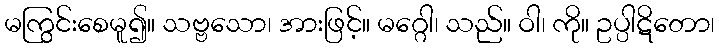
မကြွင်းစေမူ၍။ သဗ္ဗသော၊ အားဖြင့်။ မဂ္ဂေါ၊ သည်။ ဝါ၊ ကို။ ဥပ္ပါဋိတော၊